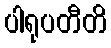
ပါရုပတီတိ